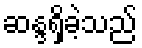
ဆန္ဒရှိခဲ့သည်